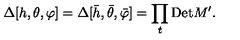
\Delta [ h , \theta , \varphi ] = \Delta [ \bar { h } , \bar { \theta } , \bar { \varphi } ] = \prod _ { t } \mathrm { D e t } M ^ { \prime } .